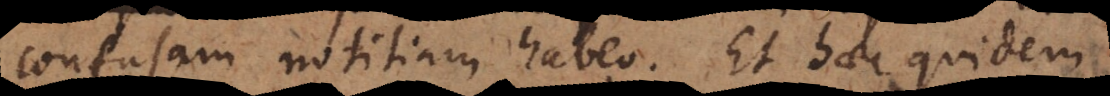
confusam notitiam habeo. Et haec quidem